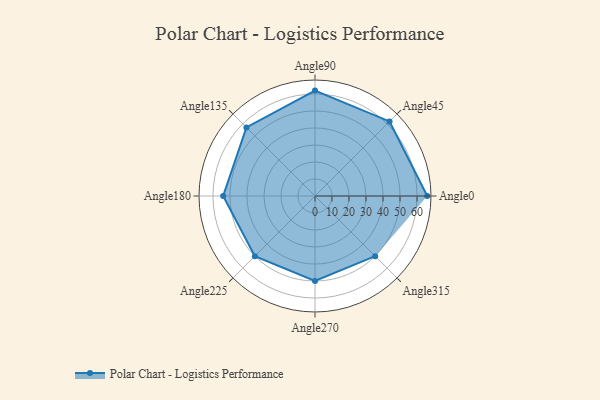
{"axis": {"x": "Angle", "y": "Radius"}, "legend": [""], "data": [{"x": "Angle0", "y": 66.0, "type": ""}, {"x": "Angle45", "y": 62.0, "type": ""}, {"x": "Angle90", "y": 62.0, "type": ""}, {"x": "Angle135", "y": 57.0, "type": ""}, {"x": "Angle180", "y": 54.0, "type": ""}, {"x": "Angle225", "y": 50, "type": ""}, {"x": "Angle270", "y": 50, "type": ""}, {"x": "Angle315", "y": 50.0, "type": ""}]}